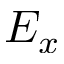
E _ { x }